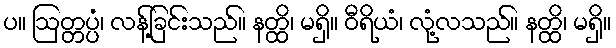
ပ။ ဩတ္တပ္ပံ၊ လန့်ခြင်းသည်။ နတ္ထိ၊ မရှိ။ ဝီရိယံ၊ လုံ့လသည်။ နတ္ထိ၊ မရှိ။